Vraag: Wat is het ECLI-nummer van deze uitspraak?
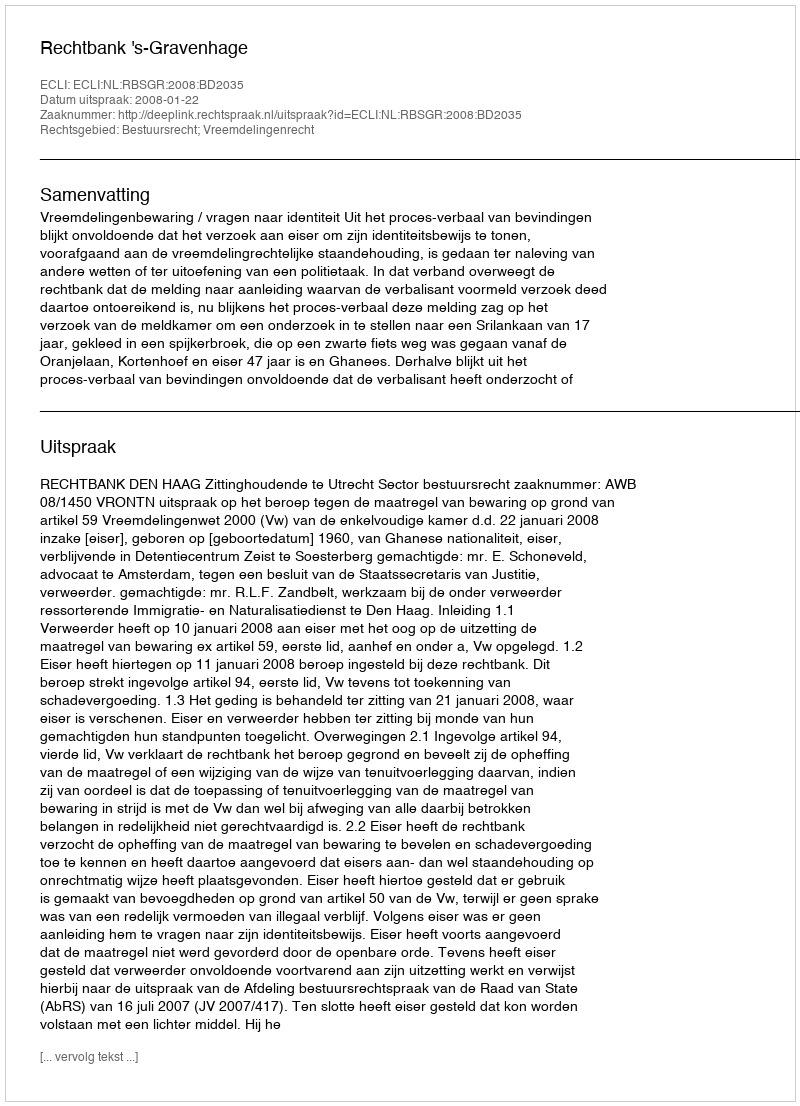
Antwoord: ECLI:NL:RBSGR:2008:BD2035